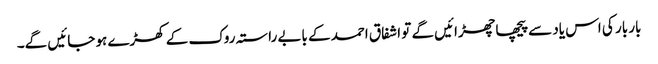
بار بار کی اس یاد سے پیچھا چھڑائیں گے تو اشفاق احمد کے بابے راستہ روک کے کھڑے ہو جائیں گے۔